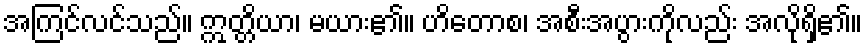
အကြင်လင်သည်။ ဣတ္တိယာ၊ မယား၏။ ဟိတောစ၊ အစီးအပွားကိုလည်း အလိုရှိ၏။